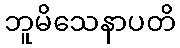
ဘူမိသေနာပတိ